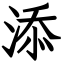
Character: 添